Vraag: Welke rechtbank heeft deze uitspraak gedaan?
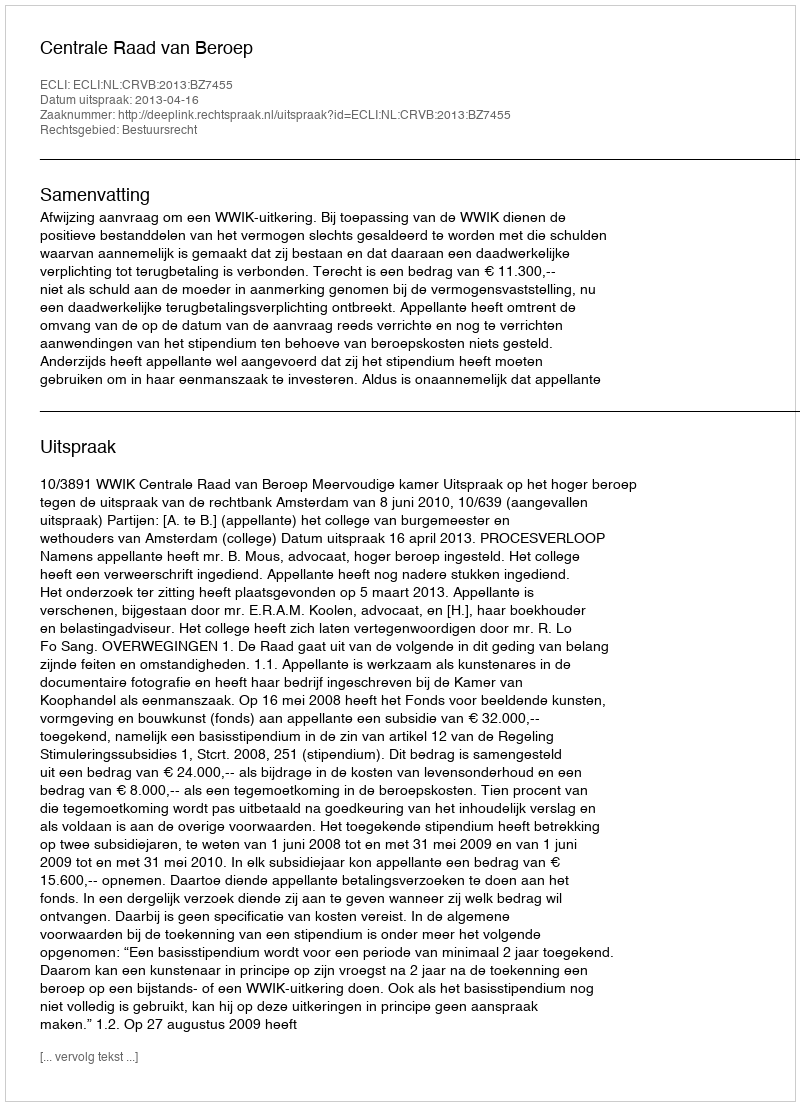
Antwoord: Centrale Raad van Beroep